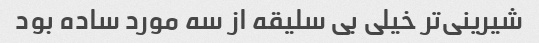
شیرینی‌تر خیلی بی سلیقه از سه مورد ساده بود